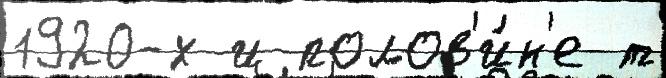
1920-х и полов'и́н'е т